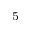
^ 5